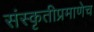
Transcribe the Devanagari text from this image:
संस्कृतीप्रमाणेच